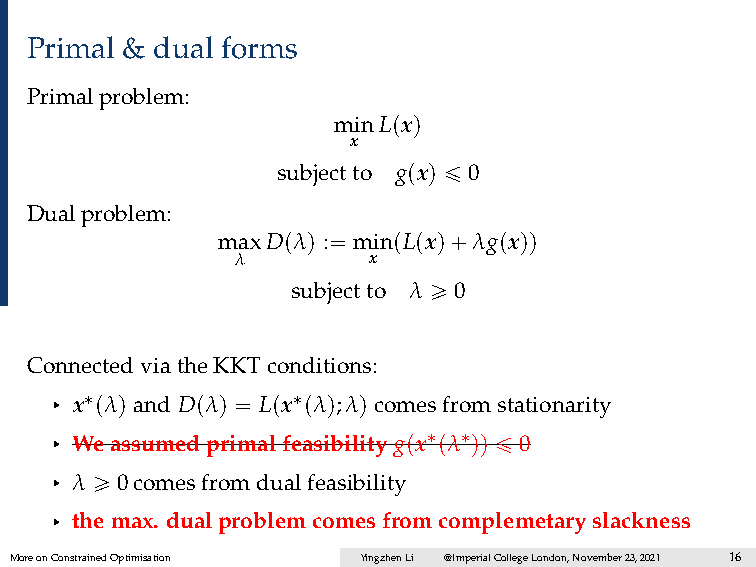
Primal & dual forms
 Primalproblem:
 minLpxq
 x
 subjectto gpxq ď 0
 Dualproblem:
 maxDpλq :“ minpLpxq`λgpxqq
 λ       x
 subjectto λ ě 0
 ConnectedviatheKKTconditions:
 § x˚pλqand Dpλq “ Lpx˚pλq;λqcomesfromstationarity
 § Weassumedprimalfeasibility gpx˚pλ˚qq ď 0
 § λ ě 0comesfromdualfeasibility
 § themax. dualproblemcomesfromcomplemetaryslackness
 MoreonConstrainedOptimisation YingzhenLi @ImperialCollegeLondon,November23,2021 16